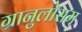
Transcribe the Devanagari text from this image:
ग्रानुलोसम